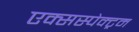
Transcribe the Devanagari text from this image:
एक्सस्पेक्ट्रम